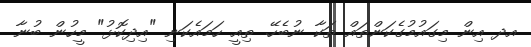
އދ އިން މިގައުމުގެކަންތައް ތަކާ ނުބެހޭ. ތިއީ ހަމައެކަނި "އިދިކޮޅު" މީހުން ބުނާ